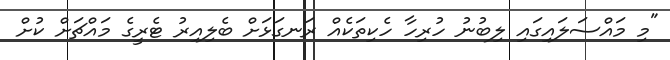
"މި މައްސަލައިގައި ލިބުނު ހުރިހާ ހެކިތަކެއް ރަނގަޅަށް ބެލިއިރު ޓެރީގެ މައްޗަށް ކުށް